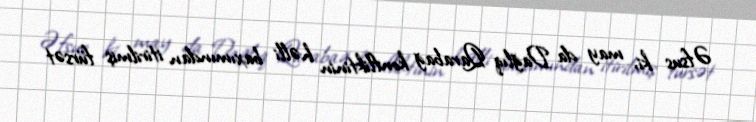
Əfsus ki, may da Dağlıq Qarabağ konfliktinin həlli baxımından itirilmiş fürsət